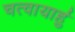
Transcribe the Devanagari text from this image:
चत्वायार्हु